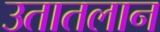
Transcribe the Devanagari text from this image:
उतातलान